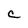
Character: C